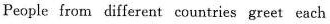
People from different countries greet each